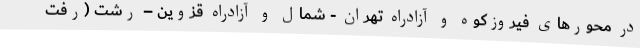
در محورهای فیروزکوه و آزادراه تهران - شمال و آزادراه قزوین – رشت (رفت